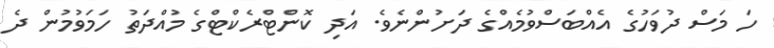
ހަ މަސް ދުވަހުގެ އެއްބަސްވުމެއްގެ ދަށުންނެވެ. އަދި ކޮންޓްރެކްޓްގެ މުއްދަތު ހަމަވުމުން ދެ